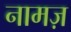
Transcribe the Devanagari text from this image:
नामज़